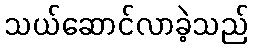
သယ်ဆောင်လာခဲ့သည်